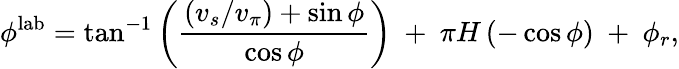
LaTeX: \phi^{\mathrm{lab}}=\tan^{-1}\left(\frac{(v_{s}/v_{\pi})+\sin\phi}{\cos\phi}\right)~+~\pi H\left(-\cos\phi\right)~+~\phi_{r},